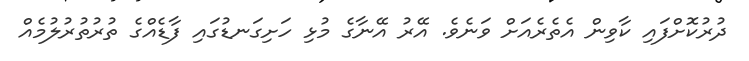
ދުރުކޮށްފައި ކާވިން އެތެރެއަށް ވަނެވެ. އޭރު އޭނާގެ މުޅި ހަށިގަނޑުގައި ފާޑެއްގެ ތުރުތުރުލުމެއް